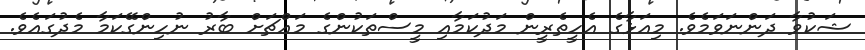
ޝަކުވާ ދަންނަވަމެވެ. މިއަޅާގެ އެހީތެރީން މަދުކަމާއި މީސްތަކުންގެ މައްޗަށް ބާރު ނުހިންގޭކަމާ މެދުގައެވެ.